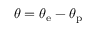
\theta = \theta _ { \mathrm { e } } - \theta _ { \mathrm { p } }